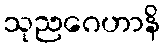
သုညဂေဟာနိ